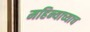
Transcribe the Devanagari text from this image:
महिन्याच्याच